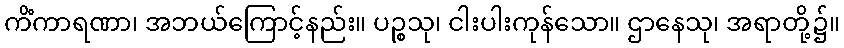
ကိံကာရဏာ၊ အဘယ်ကြောင့်နည်း။ ပဉ္စသု၊ ငါးပါးကုန်သော။ ဌာနေသု၊ အရာတို့၌။